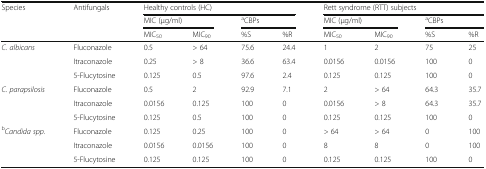
<table><thead><tr><td rowspan="3"><b>Species</b></td><td rowspan="3"><b>Antifungals</b></td><td colspan="4"><b>Healthy controls (HC)</b></td><td colspan="4"><b>Rett syndrome (RTT) subjects</b></td></tr><tr><td colspan="2"><b>MIC (μg/ml)</b></td><td colspan="2"><b><sup>a</sup>CBPs</b></td><td colspan="2"><b>MIC (μg/ml)</b></td><td colspan="2"><b><sup>a</sup>CBPs</b></td></tr><tr><td><b>MIC<sub>50</sub></b></td><td><b>MIC<sub>90</sub></b></td><td><b>%S</b></td><td><b>%R</b></td><td><b>MIC<sub>50</sub></b></td><td><b>MIC<sub>90</sub></b></td><td><b>%S</b></td><td><b>%R</b></td></tr></thead><tbody><tr><td rowspan="3"><i>C. albicans</i></td><td>Fluconazole</td><td>0.5</td><td>&gt; 64</td><td>75.6</td><td>24.4</td><td>1</td><td>2</td><td>75</td><td>25</td></tr><tr><td>Itraconazole</td><td>0.25</td><td>&gt; 8</td><td>36.6</td><td>63.4</td><td>0.0156</td><td>0.0156</td><td>100</td><td>0</td></tr><tr><td>5-Flucytosine</td><td>0.125</td><td>0.5</td><td>97.6</td><td>2.4</td><td>0.125</td><td>0.125</td><td>100</td><td>0</td></tr><tr><td rowspan="3"><i>C. parapsilosis</i></td><td>Fluconazole</td><td>0.5</td><td>2</td><td>92.9</td><td>7.1</td><td>2</td><td>&gt; 64</td><td>64.3</td><td>35.7</td></tr><tr><td>Itraconazole</td><td>0.0156</td><td>0.125</td><td>100</td><td>0</td><td>0.0156</td><td>&gt; 8</td><td>64.3</td><td>35.7</td></tr><tr><td>5-Flucytosine</td><td>0.125</td><td>0.5</td><td>100</td><td>0</td><td>0.125</td><td>0.125</td><td>100</td><td>0</td></tr><tr><td rowspan="3"><sup>b</sup><i>Candida spp.</i></td><td>Fluconazole</td><td>0.125</td><td>0.25</td><td>100</td><td>0</td><td>&gt; 64</td><td>&gt; 64</td><td>0</td><td>100</td></tr><tr><td>Itraconazole</td><td>0.0156</td><td>0.0156</td><td>100</td><td>0</td><td>8</td><td>8</td><td>0</td><td>100</td></tr><tr><td>5-Flucytosine</td><td>0.125</td><td>0.125</td><td>100</td><td>0</td><td>0.125</td><td>0.125</td><td>100</td><td>0</td></tr></tbody></table>